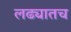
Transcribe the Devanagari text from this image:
लढ्यातच